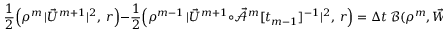
\frac { 1 } { 2 } \Bigl ( \rho ^ { m } \, | \vec { U } ^ { m + 1 } | ^ { 2 } , ~ r \Bigr ) - \frac { 1 } { 2 } \Bigl ( \rho ^ { m - 1 } \, | \vec { U } ^ { m + 1 } \circ \mathcal { \vec { A } } ^ { m } [ t _ { m - 1 } ] ^ { - 1 } | ^ { 2 } , ~ r \Bigr ) = \Delta t \, \mathscr { B } ( \rho ^ { m } , \vec { W } ^ { m } ; | \vec { U } ^ { m + 1 } | ^ { 2 } ) .